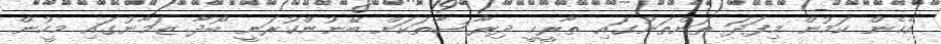
އެހެން ކަމުން މިފަދަ ތަންތަނުގައިި ތާރީޚީ ދިރާސާތަކަށް ބޭނުންކުރަނީ ބޯދާ ޒަމާނުގައި މީހުން